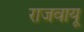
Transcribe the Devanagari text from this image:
राजवायू